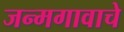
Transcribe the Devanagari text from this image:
जन्मगावाचे